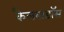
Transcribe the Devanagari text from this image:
कैलवाडॉस